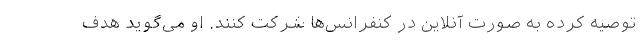
توصیه کرده به صورت آنلاین در کنفرانس‌ها شرکت کنند. او می‌گوید هدف